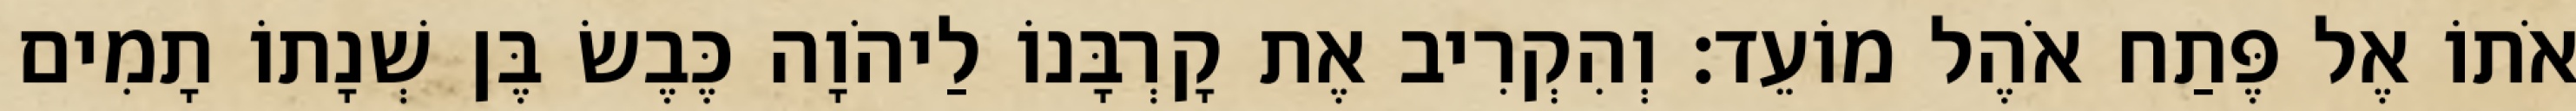
אֹתוֹ אֶל פֶּתַח אֹהֶל מוֹעֵד׃ וְהִקְרִיב אֶת קָרְבָּנוֹ לַיהֹוָה כֶּבֶשׂ בֶּן שְׁנָתוֹ תָמִים